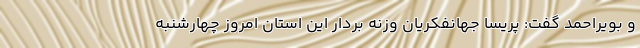
و بویراحمد گفت: پریسا جهانفکریان وزنه بردار این استان امروز چهارشنبه